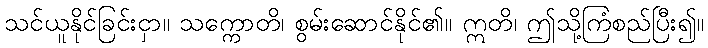
သင်ယူနိုင်ခြင်းငှာ။ သက္ကောတိ၊ စွမ်းဆောင်နိုင်၏။ ဣတိ၊ ဤသို့ကြံစည်ပြီး၍။